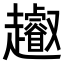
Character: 𧾩